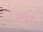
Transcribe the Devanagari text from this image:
सादृय